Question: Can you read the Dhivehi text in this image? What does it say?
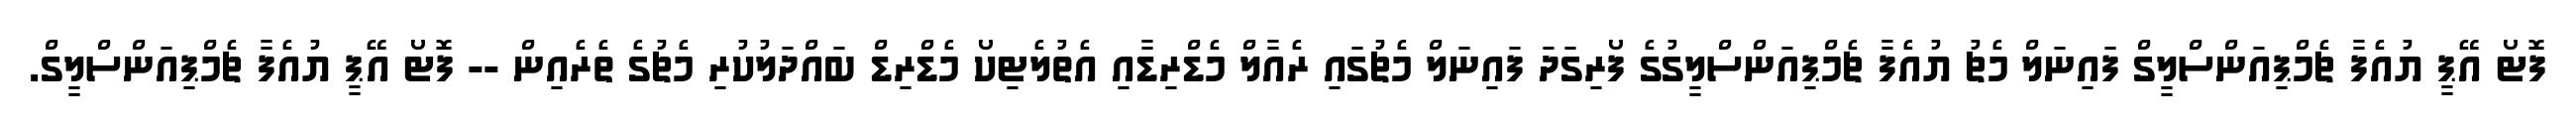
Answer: ފޮޓޯ އޭޕީ ޔުއެފާ ޗެމްޕިއަންސްލީގް ފައިނަލް މެޗު ޔުއެފާ ޗެމްޕިއަންސްލީގުގެ ފޯރިގަދަ ފައިނަލް މެޗުގައި ރެއާލް މެޑްރިޑާއި އެތުލެޓިކޯ މެޑްރިޑް ބައްދަލުކުރި މެޗުގެ ތެރެއިން -- ފޮޓޯ އޭޕީ ޔުއެފާ ޗެމްޕިއަންސްލީގް.